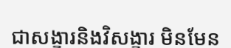
ជាសង្ខារនិងវិសង្ខារ មិនមែន